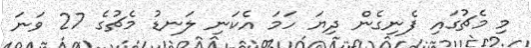
މި މެޗުގައި ފެނިގެން ދިޔަ ހަމަ އެކަނި ލަނޑު މެޗުގެ 27 ވަނަ